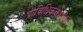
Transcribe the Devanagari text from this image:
प्राविधिककर्मीयौं